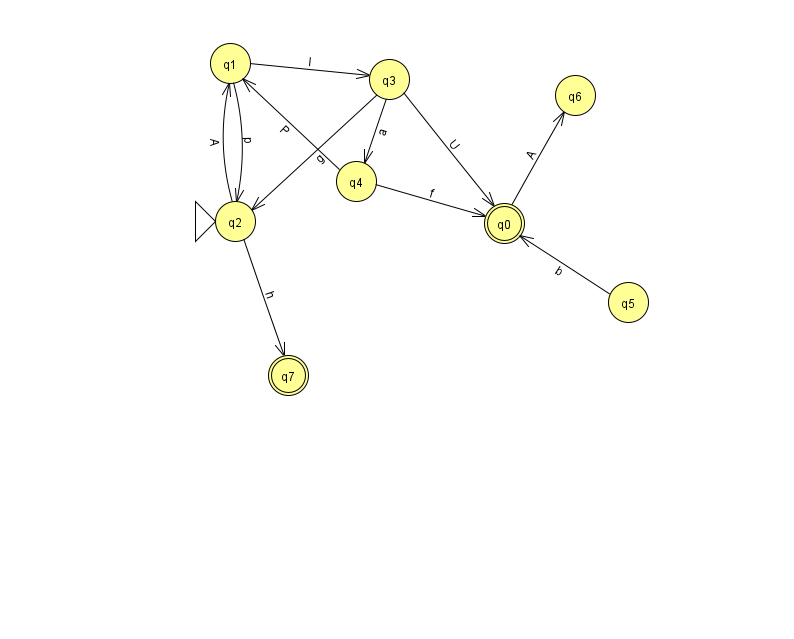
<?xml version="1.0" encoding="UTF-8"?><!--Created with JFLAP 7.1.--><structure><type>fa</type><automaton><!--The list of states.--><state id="0" name="q0"><x>504.0</x><y>210.0</y><final/></state><state id="1" name="q1"><x>230.0</x><y>50.0</y></state><state id="2" name="q2"><x>235.0</x><y>208.0</y><initial/></state><state id="3" name="q3"><x>389.0</x><y>66.0</y></state><state id="4" name="q4"><x>356.0</x><y>168.0</y></state><state id="5" name="q5"><x>628.0</x><y>289.0</y></state><state id="6" name="q6"><x>575.0</x><y>82.0</y></state><state id="7" name="q7"><x>288.0</x><y>362.0</y><final/></state><!--The list of transitions.--><transition><from>0</from><to>6</to><read>A</read></transition><transition><from>3</from><to>4</to><read>a</read></transition><transition><from>1</from><to>2</to><read>p</read></transition><transition><from>3</from><to>2</to><read>g</read></transition><transition><from>2</from><to>1</to><read>A</read></transition><transition><from>2</from><to>7</to><read>h</read></transition><transition><from>4</from><to>1</to><read>P</read></transition><transition><from>3</from><to>0</to><read>U</read></transition><transition><from>4</from><to>0</to><read>f</read></transition><transition><from>1</from><to>3</to><read>l</read></transition><transition><from>5</from><to>0</to><read>b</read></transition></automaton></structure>